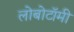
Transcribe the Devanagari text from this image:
लोबोटॉमी